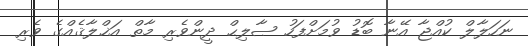
ނަހަލާލް ކުއްޖާ އޭނާ ބޮޑު ވުމަށްފަހު ޞާލިޙް ދީންވެރި މާތް އަޚްލާޤެއްގެ ވެރި